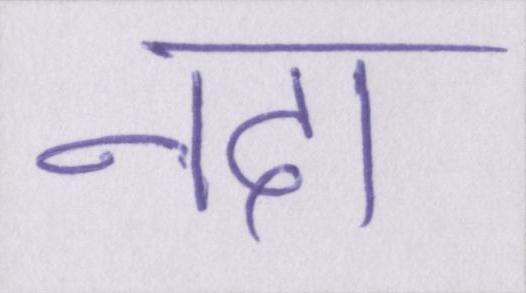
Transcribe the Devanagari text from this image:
नदा